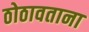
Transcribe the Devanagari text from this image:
ठोठावताना